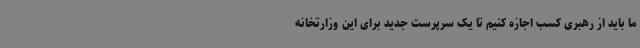
ما باید از رهبری کسب اجازه کنیم تا یک سرپرست جدید برای این وزارتخانه